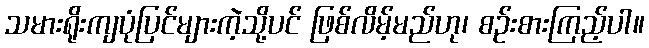
သမားရိုးကျပုံပြင်များကဲ့သို့ပင် ဖြစ်လိမ့်မည်ဟု၊ စဉ်းစားကြည့်ပါ။